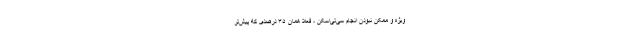
ویژه و ممکن نبودن انجام سی‌تی‌اسکن ، فعلا همان ۳۵ درصدی که پیش‌تر